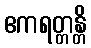
ဧကရတ္တန္တိ